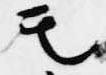
モ